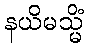
နယိမသ္မိံ